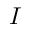
I